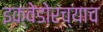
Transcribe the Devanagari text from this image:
इक्वेडोरच्याच